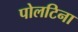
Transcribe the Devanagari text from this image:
पोलटिना